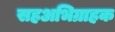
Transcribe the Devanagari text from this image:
सहअभिग्राहक